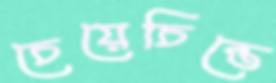
চেয়েচিন্তে